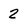
Character: 2